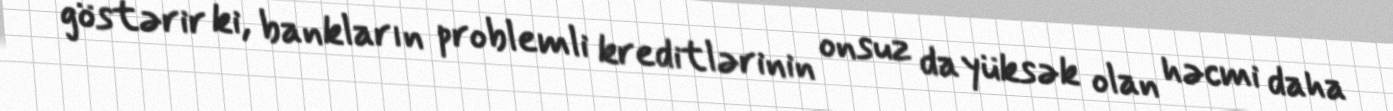
göstərir ki, bankların problemli kreditlərinin onsuz da yüksək olan həcmi daha